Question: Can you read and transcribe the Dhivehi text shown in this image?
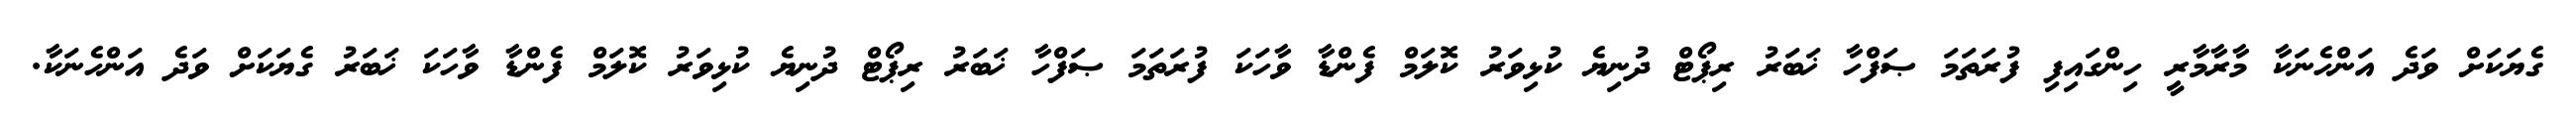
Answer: ގެޔަކަށް ވަދެ އަންހެނަކާ މާރާމާރީ ހިންގައިފި ފުރަތަމަ ޞަފްހާ ޚަބަރު ރިޕޯޓް ދުނިޔެ ކުޅިވަރު ކޮލަމް ފެންޑާ ވާހަކަ ފުރަތަމަ ޞަފްހާ ޚަބަރު ރިޕޯޓް ދުނިޔެ ކުޅިވަރު ކޮލަމް ފެންޑާ ވާހަކަ ޚަބަރު ގެޔަކަށް ވަދެ އަންހެނަކާ.